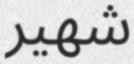
شھير